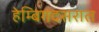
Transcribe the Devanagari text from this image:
हेम्बिगदसरात